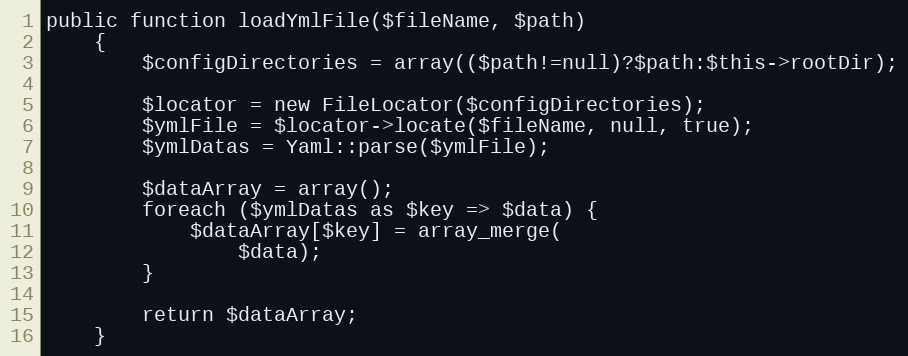
Language: PHP
public function loadYmlFile($fileName, $path)
    {
        $configDirectories = array(($path!=null)?$path:$this->rootDir);

        $locator = new FileLocator($configDirectories);
        $ymlFile = $locator->locate($fileName, null, true);
        $ymlDatas = Yaml::parse($ymlFile);

        $dataArray = array();
        foreach ($ymlDatas as $key => $data) {
            $dataArray[$key] = array_merge(
                $data);
        }

        return $dataArray;
    }